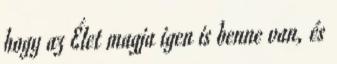
hogy az Élet magja igen is benne van, és